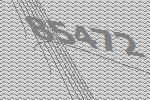
85472